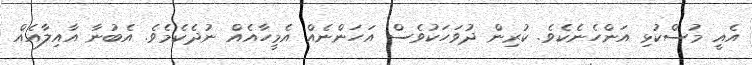
އެއީ މުސްކުޅި އަންހެނެކެވެ. ކުރިން ދުވަހަކުވެސް އަހަންނެއް އެމީހާއެއް ނުދެކެމެވެ. އެބުނާ އާއިލާއެއް